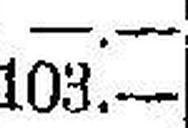
103.—